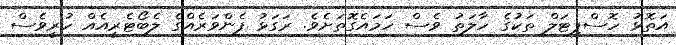
އަތޮޅު ހޮސްޕިޓަލް ތަކުގެ ހާލަތު ވެސް ހަމައެގޮތަށެވެ. ރަގަޅު ފެންވަރެއްގެ ލެބޯޓެރީއެއް ހުރީވެސް